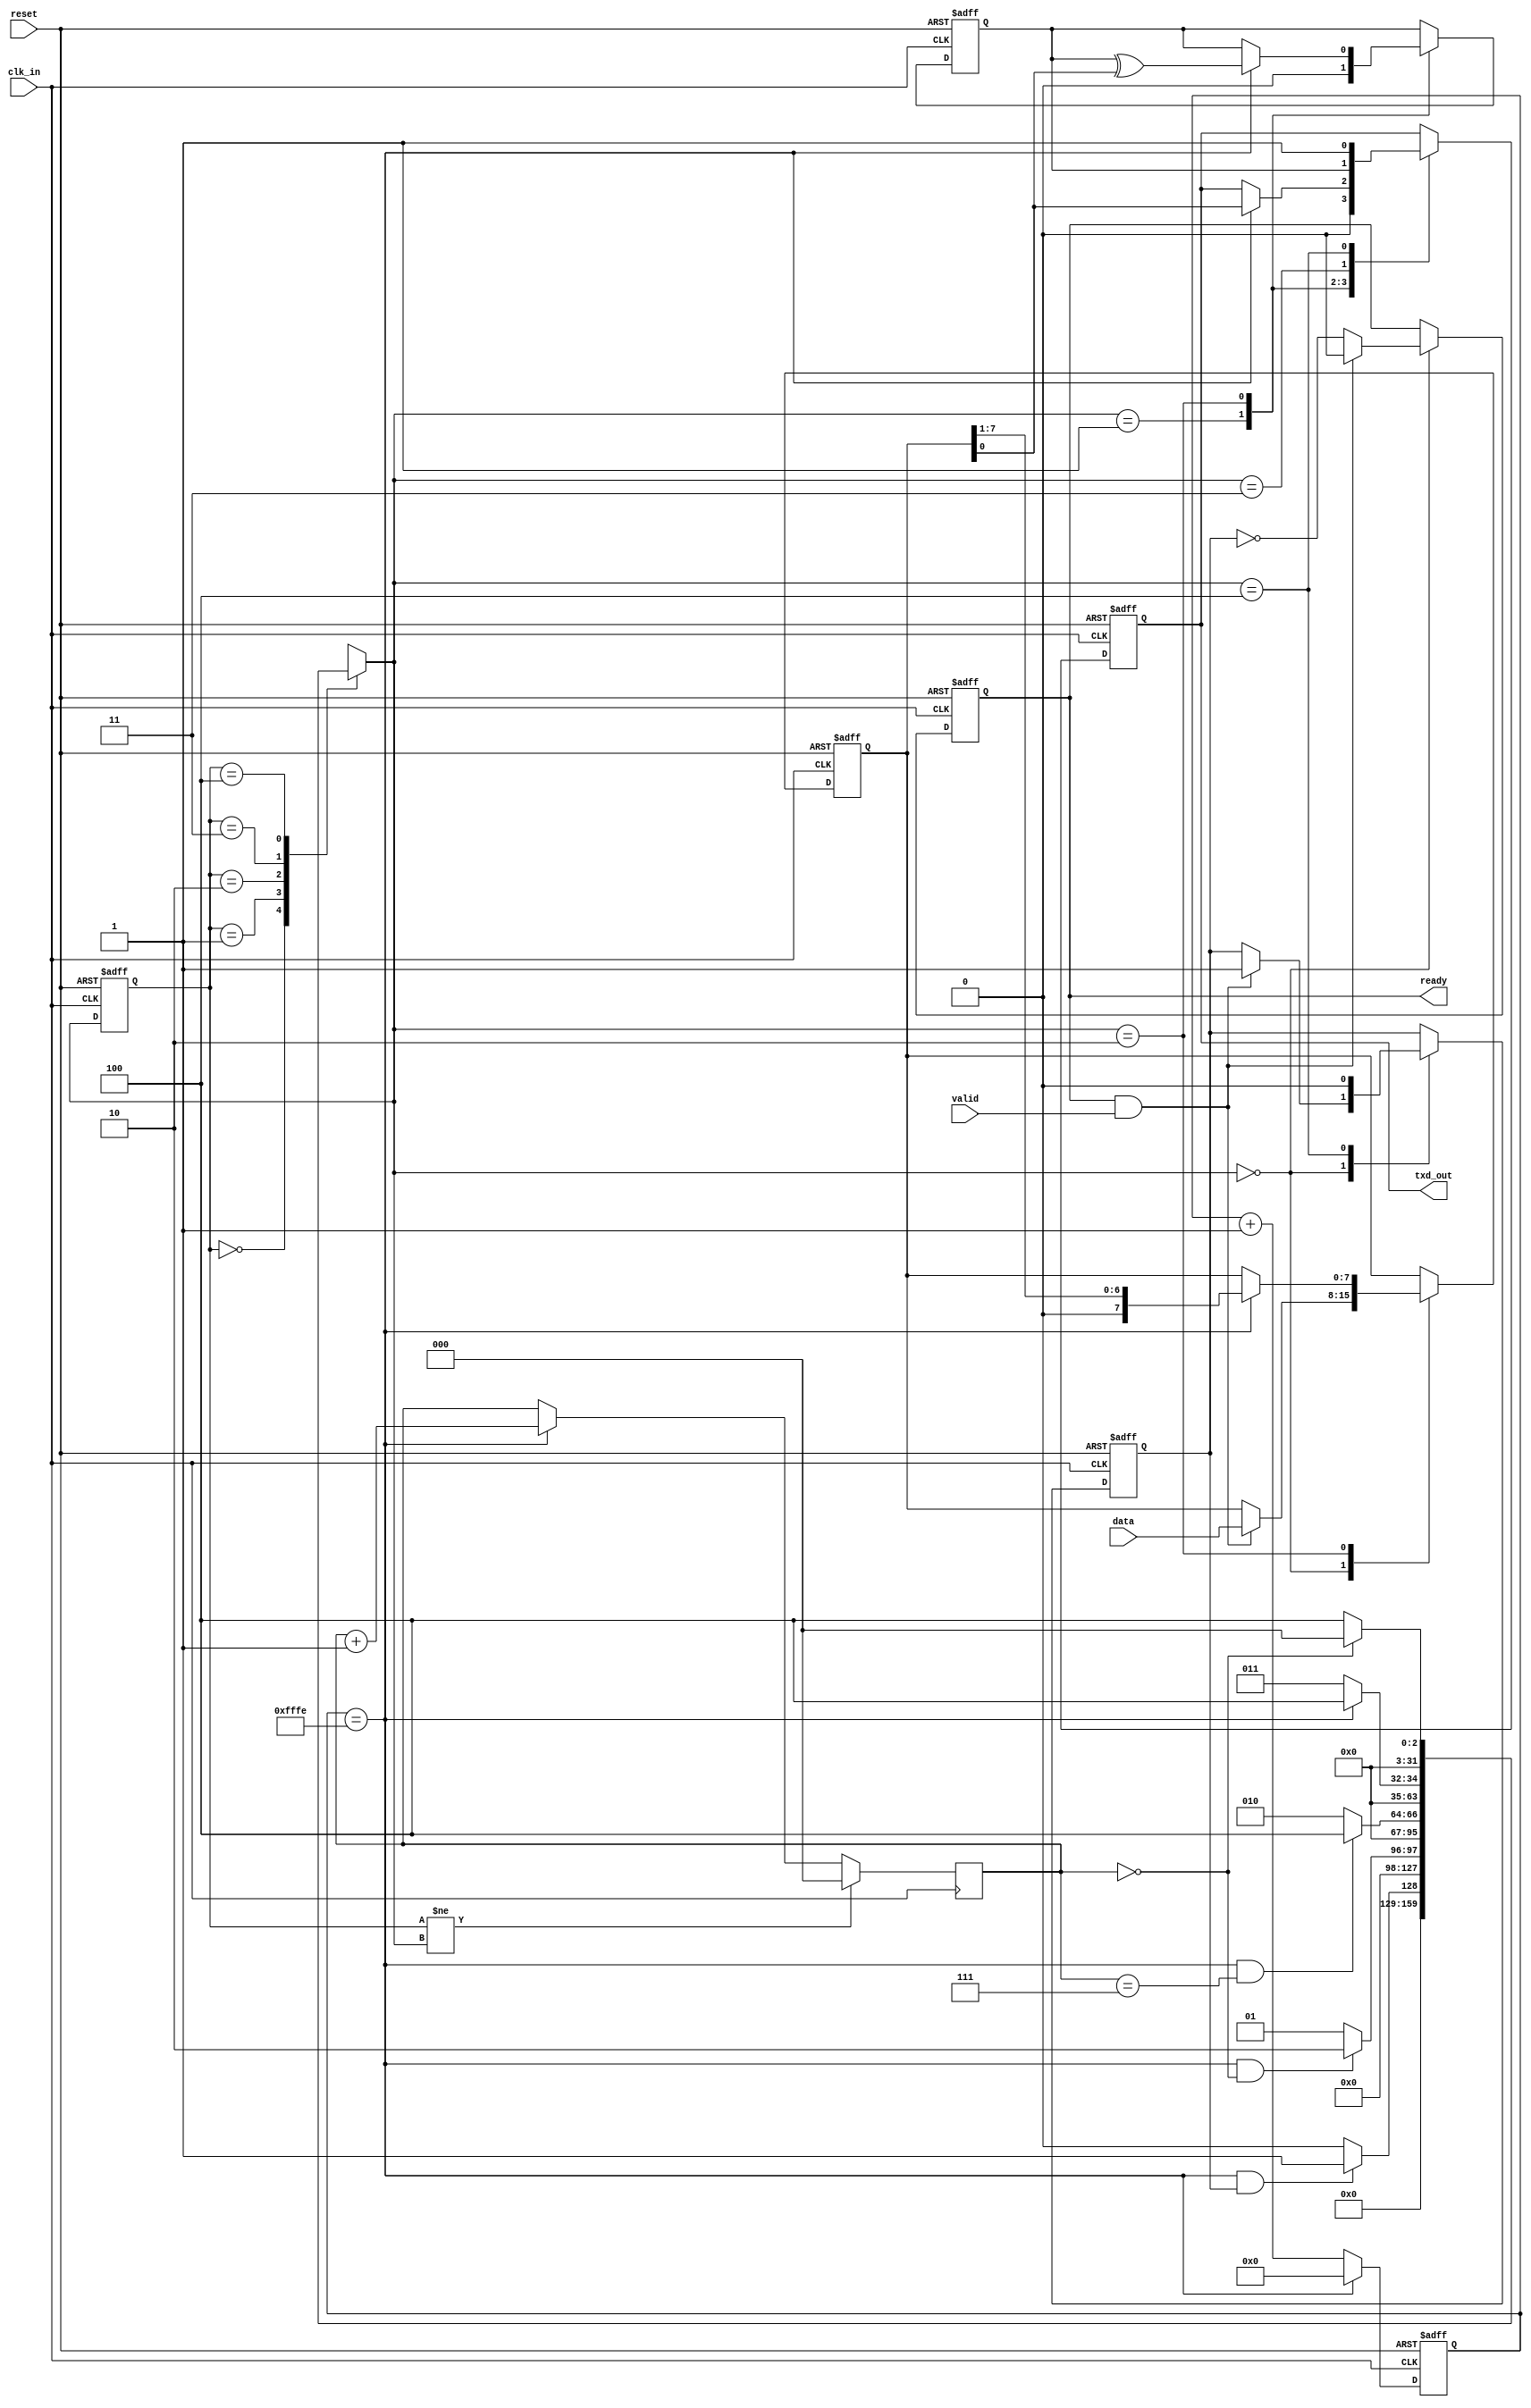
module uart_tx #(
	parameter START_BITS=1,
	parameter DATA_BITS=8,
	parameter PARITY="NONE",
	parameter STOP_BITS=1,
	parameter BAUD_DIVIDER=65535
)(
	input	reset,
	input	clk_in,
	input	[7:0] data,
	input	valid,
	output	ready,
	output  txd_out	
);
localparam PARITY_BITS=(PARITY=="NONE")?0:1;
localparam PARITY_INIT=(PARITY=="ODD")?1'b1:1'b0;

wire tx_en;

reg txd_r;
reg ready_r;
reg valid_r;
reg [7:0] data_r;
reg [2:0] bit_cnt;
reg par_r;
reg [15:0] div_cnt;

integer state, next_state;
localparam S_IDLE=0,S_START=1,S_DATA=2,S_PARITY=3,S_STOP=4;

assign ready = ready_r;
assign txd_out = txd_r;

assign tx_en=(div_cnt==BAUD_DIVIDER-1);

always @(posedge clk_in, posedge reset)
begin
	if(reset) begin
		div_cnt <= 'b0;
	end
	else if(tx_en) begin
		div_cnt <= 'b0;
	end
	else begin
		div_cnt <= div_cnt+1;
	end
end

always @(posedge clk_in, posedge reset)
begin
	if(reset) begin
		state <= S_IDLE;
	end
	else begin
		state <= next_state;
	end
end

always @(*)
begin
	case(state)
		S_IDLE: begin
			if(tx_en && valid_r)
				next_state = S_START;
			else
				next_state = S_IDLE;
		end
		S_START: begin
			if(tx_en && bit_cnt==START_BITS-1)
				next_state = S_DATA;
			else 
				next_state = S_START;
		end
		S_DATA: begin
			if(tx_en && bit_cnt==DATA_BITS-1)
				if(PARITY_BITS==1)
					next_state = S_PARITY;
				else
					next_state = S_STOP;
			else
				next_state = S_DATA;
		end
		S_PARITY: begin
			if(tx_en)
				next_state = S_STOP;
			else
				next_state = S_PARITY;
		end
		S_STOP: begin
		    if(bit_cnt==STOP_BITS-1)
				next_state = S_IDLE;
			else
				next_state = S_STOP;
		end
		default: begin
			next_state = 'bx;
		end
	endcase
end

always @(posedge clk_in)
begin
	if(state!=next_state) begin
		bit_cnt <= 'b0;
	end
	else if(tx_en) begin
		bit_cnt <= bit_cnt + 1;
	end
end

always @(posedge clk_in, posedge reset)
begin
	if(reset) begin
		txd_r <= 1'b1;
		ready_r <= 1'b0;
		valid_r <= 1'b0;
		data_r <= 'bx;
		par_r <= 'bx;
	end
	else begin
		case(next_state)
			S_IDLE: begin
				if(ready_r & valid) begin
					valid_r <= 1'b1;
					ready_r <= 1'b0;
					data_r <= data;
				end
				else begin
					ready_r <= !valid_r;
				end
			end
			S_START: begin
				txd_r <= 1'b0;
				par_r <= PARITY_INIT;
			end
			S_DATA: begin
				if(tx_en) begin
					{data_r,txd_r} <= data_r;
					par_r <= par_r^data_r[0];
				end
			end
			S_PARITY: begin
				txd_r <= par_r;
			end
			S_STOP: begin
				txd_r <= 1'b1;
				valid_r <= 1'b0;
			end
		endcase
	end
end
endmodule